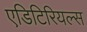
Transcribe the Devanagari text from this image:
एडिटिरियल्स